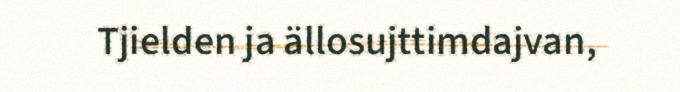
Tjielden ja ällosujttimdajvan,